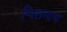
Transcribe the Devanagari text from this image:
चितनाथ